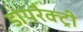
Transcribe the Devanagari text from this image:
डायरैक्ट्री